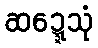
ဆဍ္ဍေသုံ